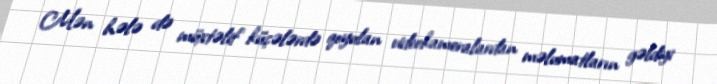
Mən hələ də müxtəlif küçələrdə qoyulan videokameralardan məlumatların gəldiyi